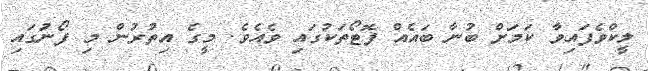
ލީކްވެފައިވާ ކަމަށް ބުނާ ބައެއް ފޮޓޯތަކުގައި ވެއެވެ. މީގެ އިތުރުން މި ފޯނަުގައި